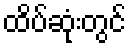
ထိပ်ဆုံးတွင်